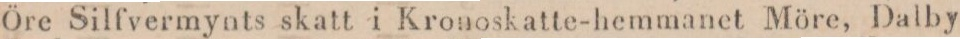
Öre Silfvermynts skatt i Kronoskatte-hemmanet Möre, Dalby